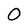
Character: 0